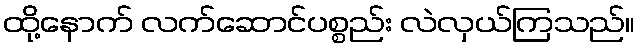
ထို့နောက် လက်ဆောင်ပစ္စည်း လဲလှယ်ကြသည်။